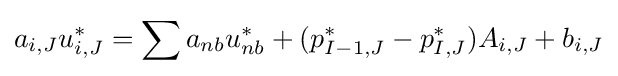
a_{i,J}u_{i,J}^{*}=\sum a_{nb}u_{nb}^{*}+(p_{I-1,J}^{*}-p_{I,J}^{*})A_{i,J}+b_{i,J}